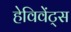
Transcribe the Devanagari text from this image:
हेविवेंट्स